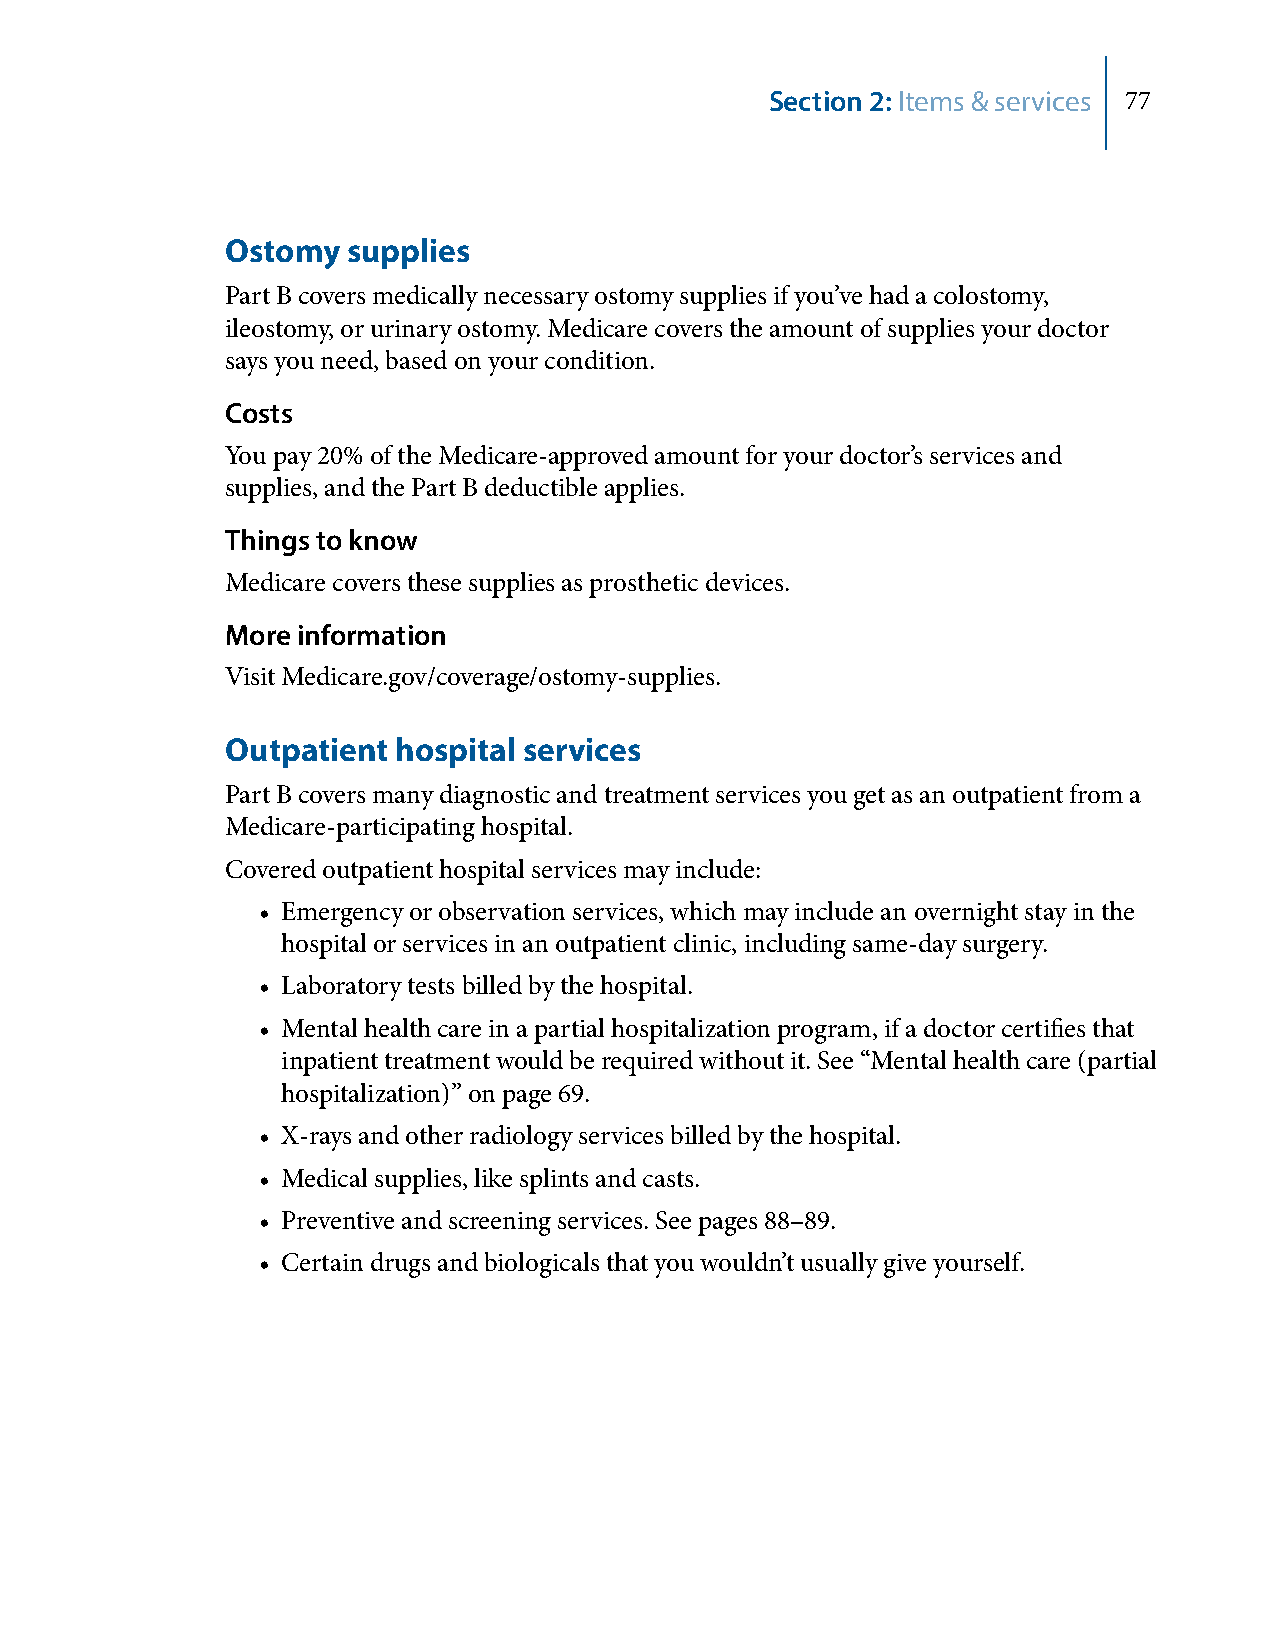
Section 2: Items & services 77
 Ostomy  supplies
 Part B covers medically necessary ostomy supplies if you’ve had a colostomy,
 ileostomy, or urinary ostomy. Medicare covers the amount of supplies your doctor
 says you need, based on your condition.
 Costs
 You pay 20% of the Medicare-approved amount for your doctor’s services and
 supplies, and the Part B deductible applies.
 Things to know
 Medicare covers these supplies as prosthetic devices.
 More information
 Visit Medicare.gov/coverage/ostomy-supplies.
 Outpatient hospital services
 Part B covers many diagnostic and treatment services you get as an outpatient from a
 Medicare-participating hospital.
 Covered outpatient hospital services may include:
 • Emergency or observation services, which may include an overnight stay in the
 hospital or services in an outpatient clinic, including same-day surgery.
 • Laboratory tests billed by the hospital.
 • Mental health care in a partial hospitalization program, if a doctor certifies that
 inpatient treatment would be required without it. See “Mental health care (partial
 hospitalization)” on page 69.
 • X-rays and other radiology services billed by the hospital.
 • Medical supplies, like splints and casts.
 • Preventive and screening services. See pages 88–89.
 • Certain drugs and biologicals that you wouldn’t usually give yourself.